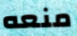
منعه